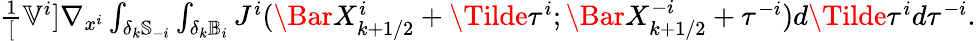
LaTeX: \begin{array}{r}{\frac{1}[\mathbb{V}^{i}]\nabla_{x^{i}}\int_{\delta_{k}\mathbb{S}_{-i}}\int_{\delta_{k}\mathbb{B}_{i}}J^{i}(\Bar{X}_{k+1/2}^{i}+\Tilde{\tau}^{i};\Bar{X}_{k+1/2}^{-i}+\tau^{-i})d\Tilde{\tau}^{i}d\tau^{-i}.}\end{array}